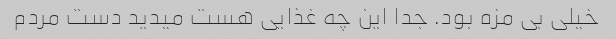
خیلی بی مزه بود. جدا این چه غذایی هست میدید دست مردم